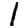
Digit: 1